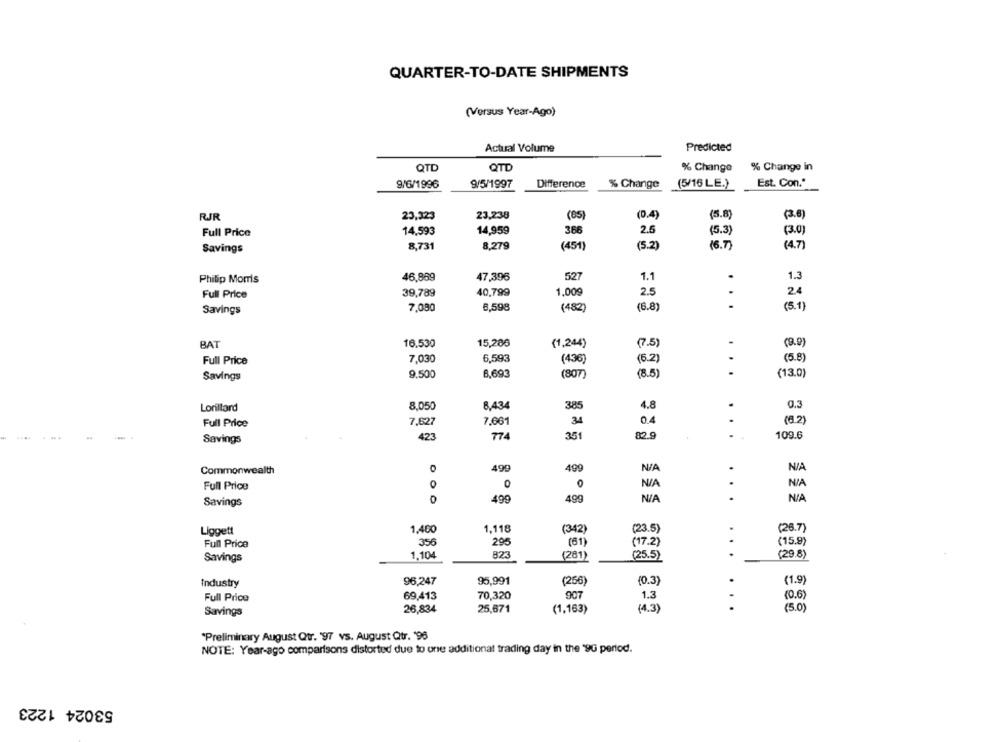
QUARTER-TO-DATE SHIPMENTS
(Versus Year-Ago)
Actual Volume
Predicted
QTD
QTD
% Change
% Change in
9/6/1996
9/5/1997
Difference
% Change
(5/16 LE.)
Est. Con."
23,323
23,238
(05)
(0.4)
(5.8)
(2.6)
RJR
14,593
14,959
366
2.5
(5.3)
(3.0)
Full Price
8,279
Savings
8,731
(451)
(5.2)
(6.7)
(4.7
Philip Moms
46,869
47,396
527
1.1
1.3
Full Price
39,789
40,799
1,009
2.5
..
24
Savings
7,080
6,598
(482)
(6.8)
(5.1)
.
BAT
16.530
15,286
(1,244)
(7.5)
(9.9)
Full Price
7,030
6,593
(436
(5.2)
.
(5.8)
Savings
9,500
6,693
(807)
(8.5)
(13.0)
Lonitard
8.050
8.434
385
4.8
0.3
Full Price
7.627
7,661
34
0.4
(6.2)
423
774
351
82.9
109.6
Savings
499
499
.
Commonwealth
0
0
Full Price
O
.
Savings
0
499
499
N /A
Liggett
1,400
1.118
(342)
(23.5)
(26.7)
356
295
(61)
(15.9)
Full Price
(17.2)
1.104
823
(28)
(25.5)
(29.8)
Savings
Industry
96,247
95,991
(256)
(0.3)
(1.9
Full Price
69,413
70,320
907
1.3
(0.6)
25,671
(4.3)
(5.0)
Savings
26,834
(1,163)
"Preliminary August Qtr. '97 vs. August Qtr. '96
NOTE: Year-ago comparisons distorted due to one additional trading day in the '90 pertod.
53024 1223